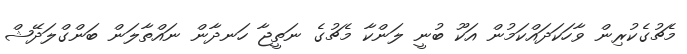
މެޗުގެކުރިން ވާހަކަދައްކަމުން އަކޫ ބުނީ ލަންކާ މެޗުގެ ނަތީޖާ ހަނދާން ނައްތާލަން ބަންގްލަދޭޝް